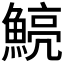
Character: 𩹗